Insane asylums in Bengal annual reports 1876-1887 - 1876-1887
Year: 1876
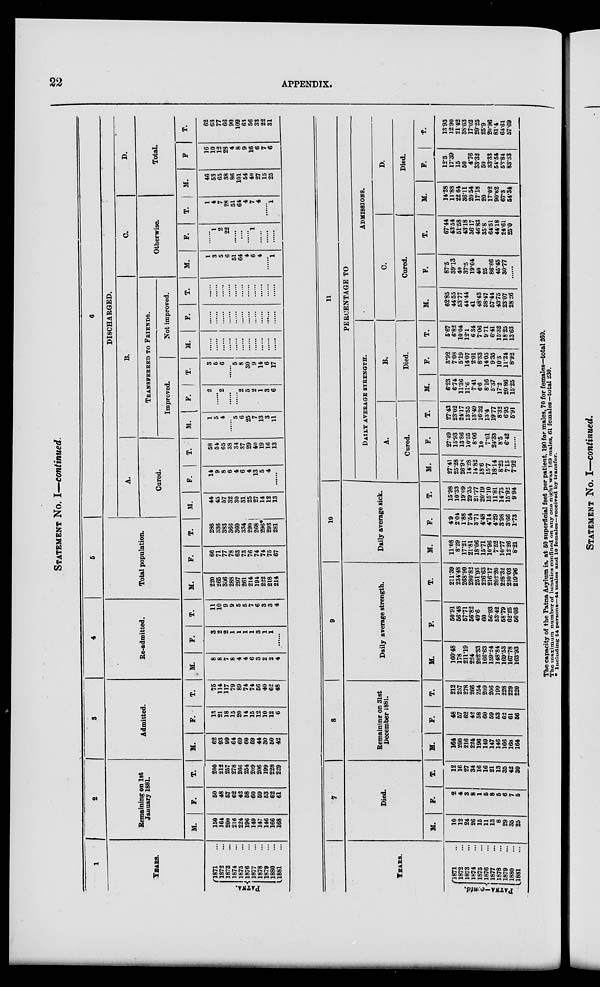
22
APPENDIX.
STATEMENT No. I—continued.
1
YEARS.
PATNA.
1871 ...
1872 ...
1873 ...
1874 ...
1875 ...
1876 ...
1877 ...
1878 ...
1879 ...
1880 ...
1881 ...
2
Remaining on 1st
January 1881.
M.
150
164
200
216
224
196
149
147
146
166
168
F.
50
48
57
62
42
58
60
59
53
62
61
T.
200
212
257
278
266
254
209
206
199
228
229
3
Admitted.
M.
62
93
99
64
69
60
59
44
30
50
42
F.
13
21
18
15
20
14
15
12
10
12
6
T.
75
114
117
79
89
74
74
56
40
62
48
4
Re-admitted.
M.
8
8
7
8
4
4
6
3
2
2
4
F.
3
2
2
1
1
1
1
3
1
1
......
T.
11
10
9
9
5
5
7
6
3
3
4
5
Total population.
M.
220
265
306
288
297
261
214
194
222
218
214
F.
66
71
77
78
63
73
76
74
74
75
67
T.
286
336
383
366
360
334
290
268
296*
293
281
6
DISCHARGED.
A.
Cured.
M.
44
45
57
32
30
31
25
27
14
12
13
F.
14
9
8
6
4
6
4
13
5
4
......
T.
58
54
65
38
34
37
29
40
19
16
13
B.
TRANSFERRED TO FRIENDS.
Improved.
M.
1
5
4
......
5
6
25
7
13
3
11
F.
2
......
2
......
......
2
5
2
1
3
6
T.
3
5
6
5
8
30
9
14
6
17
Not improved.
M.
......
......
......
......
......
......
......
......
......
......
......
F.
......
......
......
......
......
......
......
......
......
......
......
T.
......
......
......
......
......
......
......
......
......
......
......
C.
Otherwise.
M.
1
3
5
6
51
64
4
6
4
......
1
F.
......
1
2
22
......
....
......
1
......
......
......
T.
1
4
7
28
51
64
4
7
4
......
1
D.
Total.
M.
46
53
65
38
86
101
54
40
27
15
25
F
16
10
12
28
4
8
9
16
6
7
6
T.
62
63
77
66
90
109
63
56
33
22
31
YEARS.
PATNA-contd.
1871 ...
1872 ...
1873 ...
1874 ...
1875 ...
1876 ...
1877 ...
1878 ...
1879 ...
1880 ...
1881 ...
7
Died.
M.
10
12
24
26
15
11
13
8
29
35
25
F.
2
4
8
8
1
5
8
5
6
7
5
T.
12
16
27
84
16
16
21
13
35
42
80
8
Remaining on 81st
December 1881.
M.
164
200
216
224
196
149
147
146
166
168
164
F.
48
57
62
42
58
60
59
53
62
61
56
T.
212
257
278
266
254
209
206
199
228
229
220
9
Daily average strength.
M.
160.48
178
211.19
224
202.33
166.63
159.24
148.84
169.53
167.78
163.93
F.
50.91
56.48
57.71
56.82
49.6
60
56.93
53.42
58.79
62.25
56.03
T.
211.39
234.48
268.90
280.82
251.93
226.63
216.17
202.20
228.32
230.03
219.96
10
Daily average sick.
M.
11.08
8.29
17.21
21.81
18.06
15.71
10.96
7.52
10.77
12.26
8.21
F.
4.9
2.04
1.88
7.54
3.71
4.48
4.14
4.29
3.98
3.66
1.73
T.
15.98
10.33
19.09
29.35
21.77
20.19
15.10
11.81
14.75
15.92
9.94
11
PERCENTAGE TO
DAILY AVERAGE STRENGTH.
A.
Cured.
M.
27.41
25.28
26.98
14.28
14.82
18.6
15.7
18.14
8.25
7.15
7.92
F.
27.49
15.93
13.86
10.55
8.06
10
7.01
24.33
8.5
6.42
.
T.
27.43
23.02
24.17
13.55
13.49
16.32
13.4
19.77
8.32
6.95
5.91
B.
Died.
M.
6.23
6.74
11.36
11.6
7.41
6.6
8.16
5.37
17.2
20.86
15.25
F.
3.92
7.08
5.19
14.07
2.01
8.33
14.05
9.35
10.3
11.24
8.92
T.
5.67
6.82
10.04
12.1
6.34
7.06
9.71
6.41
15.32
18.25
13.63
ADMISSIONS.
C.
Cured.
M.
62.85
44.55
53.77
44.44
41
48.43
38.47
57.44
43.75
23.07
28.26
F.
87.5
39.13
40
37.5
19.04
40
25
86.66
45.45
30.77
......
T.
67.44
43.54
51.58
43.18
36.17
46.83
35.8
64.51
44.18
24.61
25.0
D.
Died.
M.
14.28
11.88
22.64
36.11
20.54
17.18
20
17.02
90.62
67.3
54.34
F.
12.5
17.39
15
50
4.76
33.32
50
33.33
54.54
53.84
83.33
T.
13.95
12.90
21.42
38.63
17.02
20.25
25.9
20.96
81.4
64.61
57.69
The capacity of the Patna Asylum is, at 50 superficial feet per patient, 190 for males, 70 for females—total 260.
The maximum number of lunatics confined on any one night was 169 males. 61 females—total 230.
* Including; 54 persons—44 males and 10 females—received by transfer.